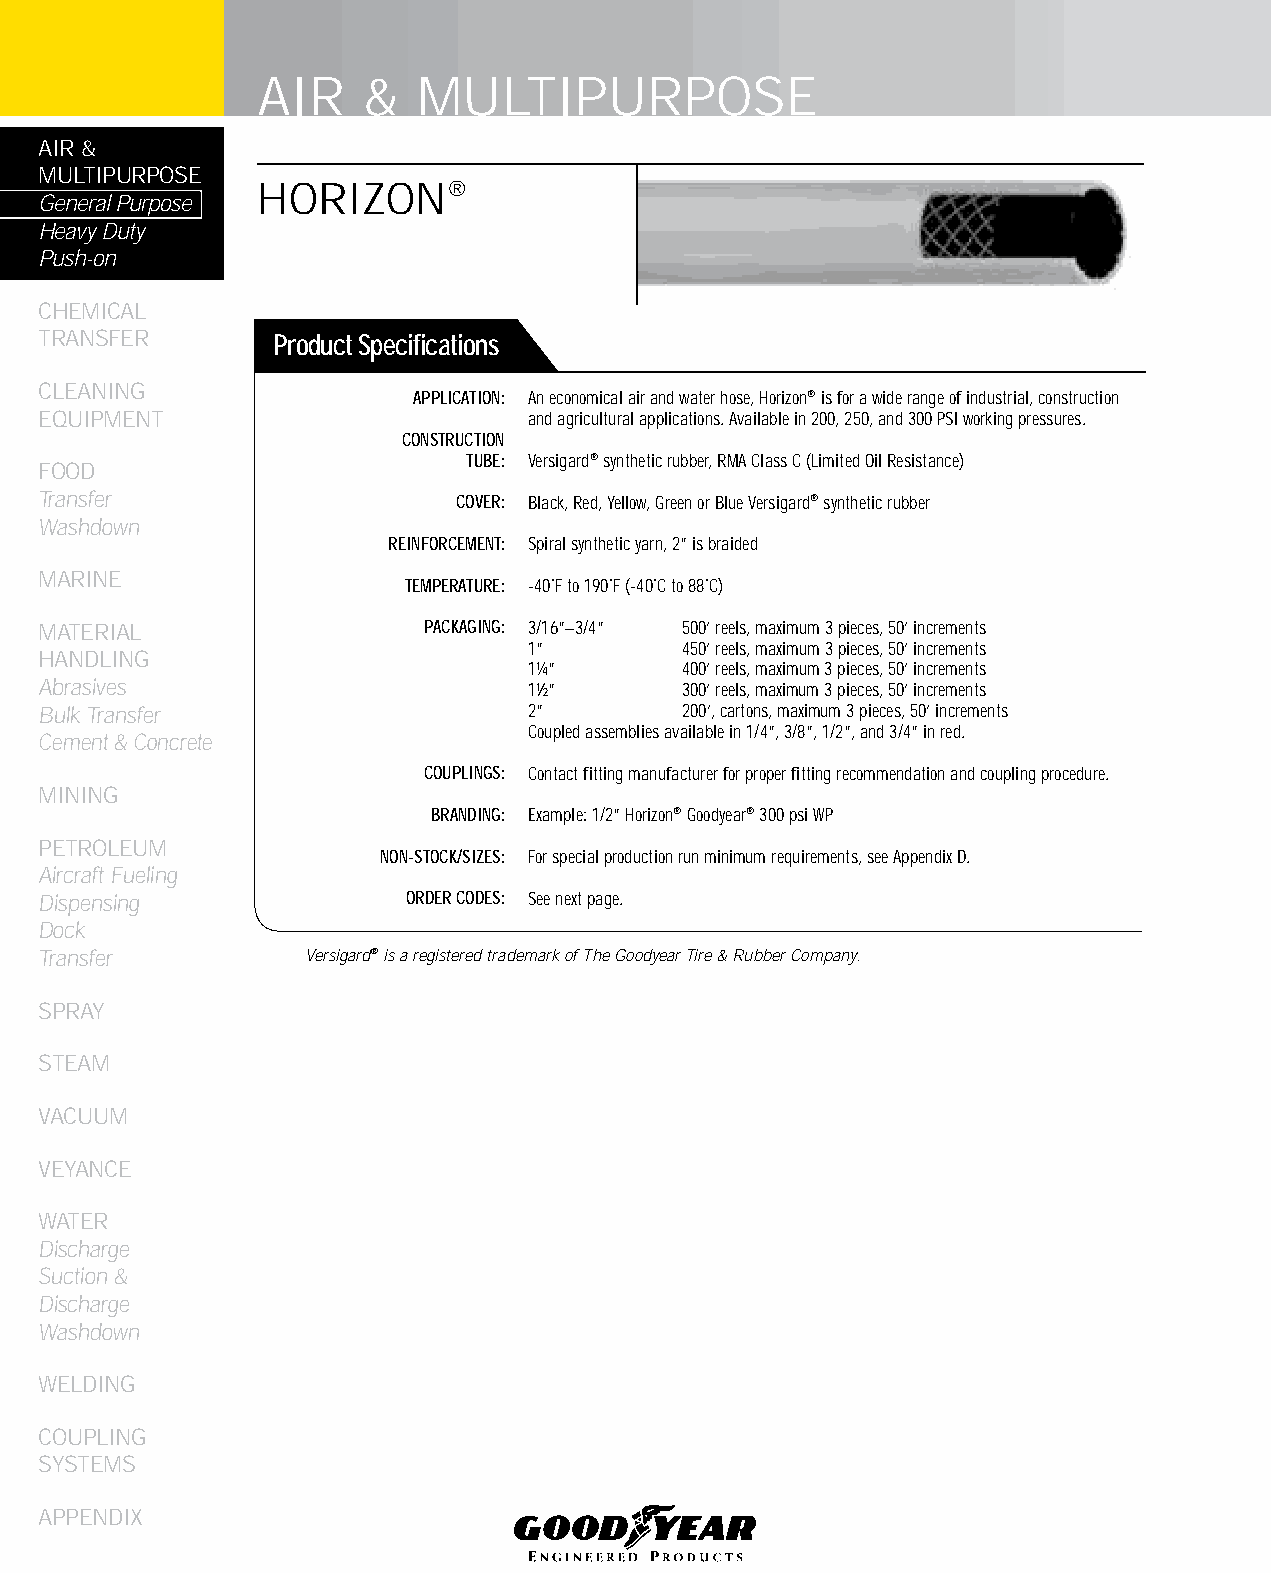
AIR    &   MULTIPURPOSE
 AIR &
 MULTIPURPOSE
 HORIzON®
 General Purpose
 Heavy Duty
 Push-on
 CHEMICAL
 TRANSFER       Product Specifications
 CLEANING
 APPLICATION: An economical air and water hose, Horizon® is for a wide range of industrial, construction
 EqUIPMENT                       and agricultural applications. Available in 200, 250, and 300 PSI working pressures.
 CONSTRUCTION
 TUBE: Versigard® synthetic rubber, RMA Class C (Limited Oil Resistance)
 FOOD
 Transfer                   COVER: Black, Red, Yellow, Green or Blue Versigard® synthetic rubber
 Washdown
 REINFORCEMENT: Spiral synthetic yarn, 2” is braided
 MARINE
 TEMPERATURE: -40˚F to 190˚F (-40˚C to 88˚C)
 MATERIAL                 PACKAGING: 3/16”–3/4” 500’ reels, maximum 3 pieces, 50’ increments
 1”        450’ reels, maximum 3 pieces, 50’ increments
 HANDLING
 1¼”       400’ reels, maximum 3 pieces, 50’ increments
 Abrasives                       1½”       300’ reels, maximum 3 pieces, 50’ increments
 Bulk Transfer                   2”        200’, cartons, maximum 3 pieces, 50’ increments
 Coupled assemblies available in 1/4”, 3/8”, 1/2”, and 3/4” in red.
 Cement & Concrete
 COUPLINGS: Contact fitting manufacturer for proper fitting recommendation and coupling procedure.
 MINING
 BRANDING: Example: 1/2” Horizon® Goodyear® 300 psi WP
 PETROLEUM
 NON-STOCK/SIZES: For special production run minimum requirements, see Appendix D.
 Aircraft Fueling
 Dispensing              ORDER CODES: See next page.
 Dock
 Transfer         Versigard® is a registered trademark of The Goodyear Tire & Rubber Company.
 SPRAY
 STEAM
 VACUUM
 VEYANCE
 WATER
 Discharge
 Suction &
 Discharge
 Washdown
 WELDING
 COUPLING
 SYSTEMS
 APPENDIX
 12